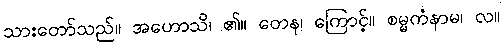
သားတော်သည်။ အဟောသိ၊ ၏။ တေန၊ ကြောင့်။ စမ္မကံနာမ၊ လ။